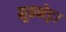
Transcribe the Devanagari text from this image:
मुठभेड़।